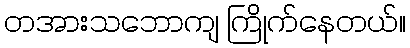
တအားသဘောကျ ကြိုက်နေတယ်။